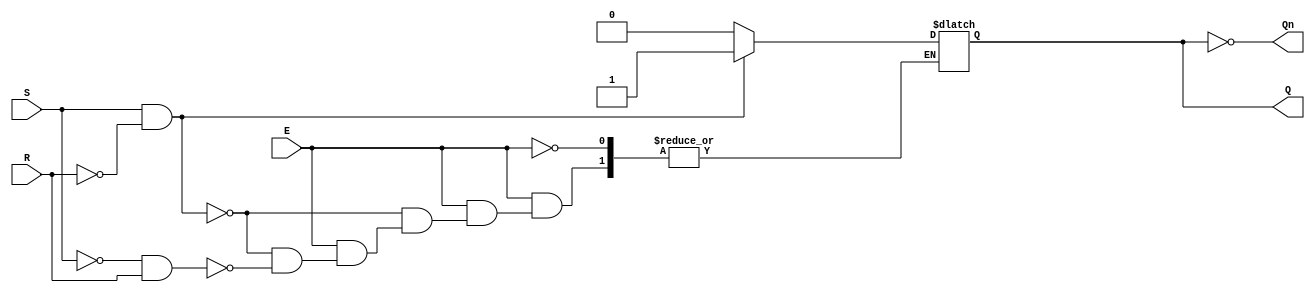
module gated_sr_latch (
    input wire S,      // Set input
    input wire R,      // Reset input
    input wire E,      // Enable input
    output reg Q,      // Output Q
    output wire Qn     // Complementary output Q'
);

    // Qn is the inverse of Q
    assign Qn = ~Q;

    always @(*) begin
        if (E) begin
            if (S && !R) begin
                Q = 1;  // Set Q to 1
            end else if (!S && R) begin
                Q = 0;  // Reset Q to 0
            end else if (S && R) begin
                // Invalid condition, can choose to hold previous state
                // Q remains unchanged in this case
            end
            // If S = 0 and R = 0, maintain the current state
        end
        // If E = 0, the latch retains its previous state (handled by the reg type)
    end

endmodule